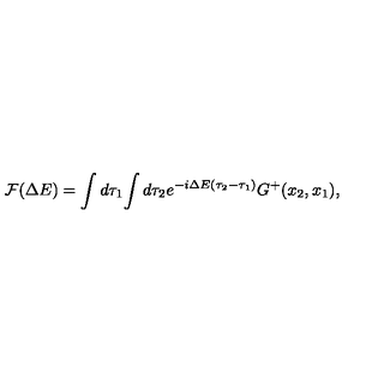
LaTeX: { \cal F } ( \Delta E ) = \int d \tau _ { 1 } \! \int d \tau _ { 2 } e ^ { - i \Delta E ( \tau _ { 2 } - \tau _ { 1 } ) } G ^ { + } ( x _ { 2 } , x _ { 1 } ) ,